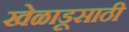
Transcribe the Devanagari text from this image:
खेळाडूसाठी